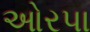
ઓરપા